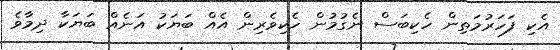
އެކި ފަހަރުމަތިން ހެކިބަސް ނެގުމުން ހެކިވެރިން އެއް ބަޔަކު އަނެއް ބަޔަކާ ދިމާވެ